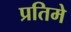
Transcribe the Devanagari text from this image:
प्रतिमे